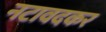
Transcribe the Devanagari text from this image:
नटावदकर